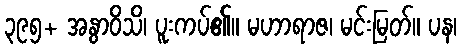
၃၉၅+ အနွာဝိသိ၊ ပူးကပ်၏။ မဟာရာဇ၊ မင်းမြတ်။ ပန၊